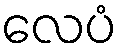
လေပံ